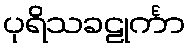
ပုရိသခဠုင်္ကာ